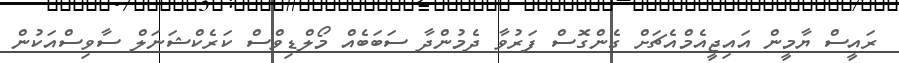
ރައީސް ޔާމީން އައިޖީއެމްއެޗަށް ގެންގޮސް ފަރުވާ ދެމުންދާ ސަބަބެއް މޯލްޑިވްސް ކަރެކްޝަނަލް ސާވިސްއަކުން